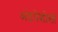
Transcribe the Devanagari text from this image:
अंडपेशीशी